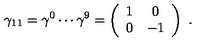
\gamma _ { 1 1 } = \gamma ^ { 0 } \cdots \gamma ^ { 9 } = \left( \begin{array} { c c } { 1 } & { 0 } \\ { 0 } & { - 1 } \\ \end{array} \right) \ .